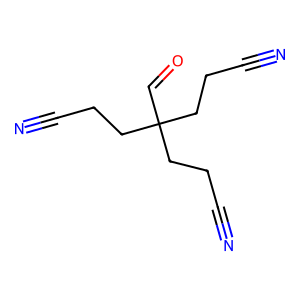
SMILES: N#CCCC(C=O)(CCC#N)CCC#N
Inhibits HIV replication: No